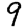
Digit: 9